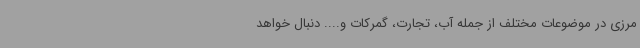
مرزی در موضوعات مختلف از جمله آب، تجارت، گمرکات و.... دنبال خواهد